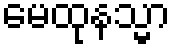
မေထုနသ္မာ